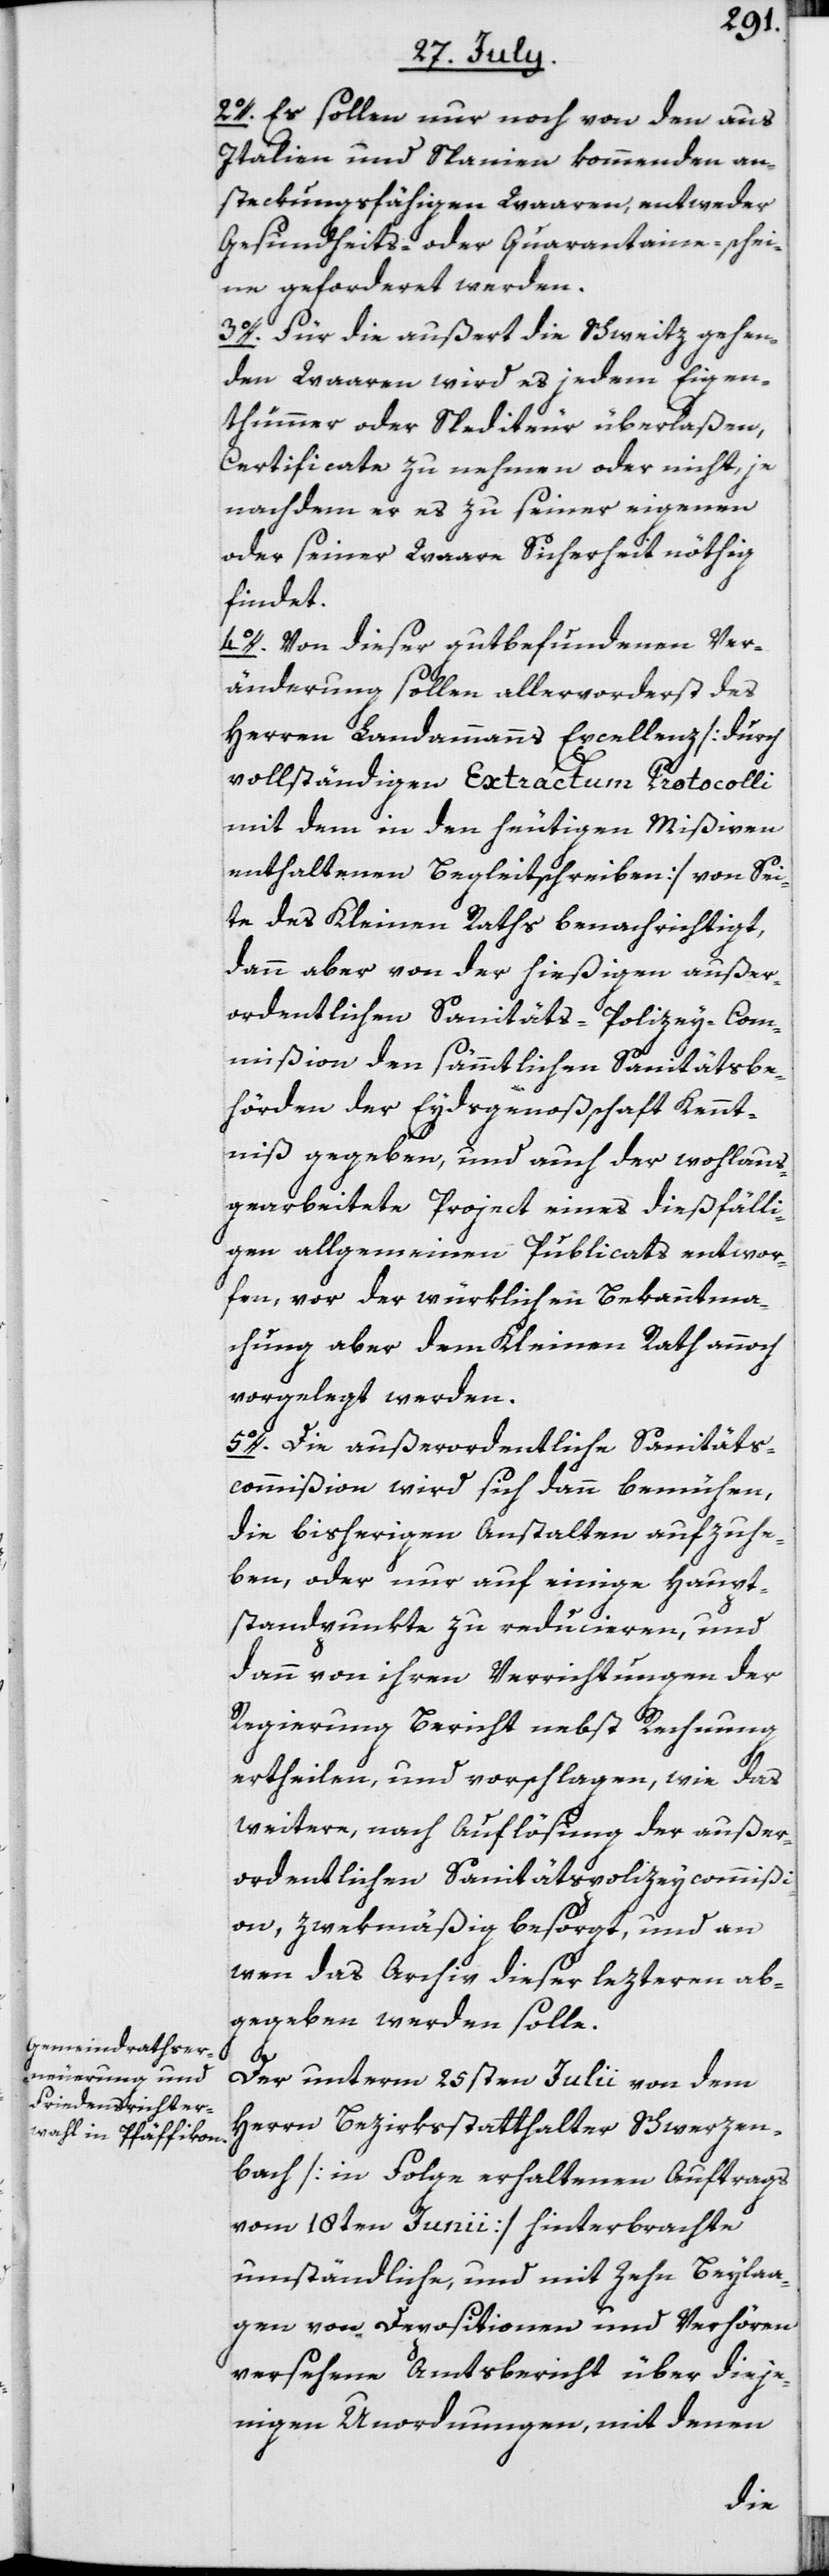
2º. Es sollen nur noch von den aus
Italien und Spanien kommenden an¬
steckungsfähigen Waaren, entweder
Gesundheits- oder Quarantaine-schei¬
ne geforderet werden.
3º. Für die außert die Schweitz gehen¬
den Waaren wird es jedem Eigen¬
thümmer oder Spediteur überlaßen,
Certificate zu nehmen oder nicht, je
nachdem er es zu seiner eigenen
oder seiner Waare Sicherheit nöthig
findet.
4º. Von dieser gutbefundenen Ver¬
änderung sollen allervorderst des
Herren Landammanns Excellenz [durch
vollständigen Extractum Protocolli
mit dem in den heutigen Mißiven
enthaltenen Begleitschreiben] von Sei¬
te des Kleinen Raths benachrichtigt,
dann aber von der hießigen außer¬
ordentlichen Sanitäts-Polizey-Com¬
mißion den sämmtlichen Sanitätsbe¬
hörden der Eydsgenoßschaft Kennt¬
niß gegeben, und auch der wohlaus¬
gearbeitete Project eines dießfälli¬
gen allgemeinen Publicats entwor¬
fen, vor der würklichen Bekanntma¬
chung aber dem Kleinen Rath annoch
vorgelegt werden.
5º. Die außerordentliche Sanitäts¬
commißion wird sich dann bemühen,
die bisherigen Anstalten aufzuhe¬
ben, oder nur auf einige Haupt¬
standpunkte zu reducieren, und
dann von ihren Verrichtungen der
Regierung Bericht nebst Rechnung
ertheilen, und vorschlagen, wie das
weitere, nach Auflösung der außer¬
ordentlichen Sanitätspolizeycommißi¬
on, zwekmäßig besorgt, und an
wen das Archiv dieser lezteren ab¬
gegeben werden solle.
Der unterm 25sten Julii von dem
Herrn Bezirksstatthalter Schwerzen¬
bach [in Folge erhaltenen Auftrags
vom 18ten Junii] hinterbrachte
umständliche, und mit zehn Beylaa¬
gen von Depositionen und Verhören
versehene Amtsbericht über dieje¬
nigen Unordnungen, mit denen